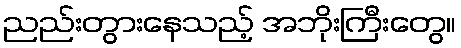
ညည်းတွားနေသည့် အဘိုးကြီးတွေ။